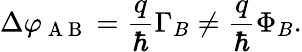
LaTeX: \Delta\varphi_{\mathrm{~A~B~}}=\frac{q}{\hbar}\Gamma_{B}\neq\frac{q}{\hbar}\Phi_{B}.